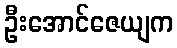
ဦးအောင်ဇေယျက